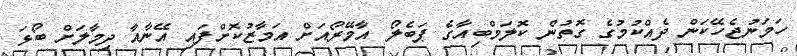
ހަމަނުޖެހޭކަން ދެއްކުމުގެ ގޮތުން ކޮލަމްބިއާގެ ޕަބެލޯ އާމޭރޯއަށް އަމާޒުކޮށްފައި އޭނާއާ ދިމާލަށް ބޯޅަ